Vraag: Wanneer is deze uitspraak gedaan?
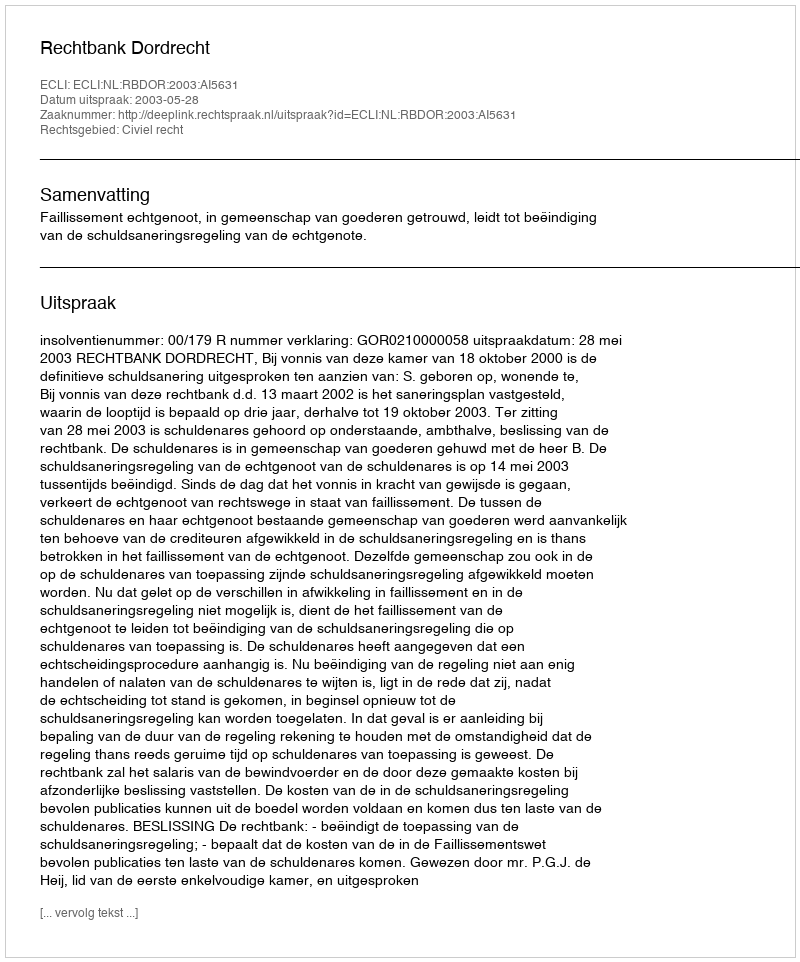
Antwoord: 2003-05-28